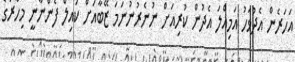
އަހަރެން އެދުވަހު އަމިއްލަ އެދުން ކުރިއަށް ނުނެރުނުނަމަ ޒޭބާއަށް ކައިލް ފެންނާނީ މިހާރުގެ